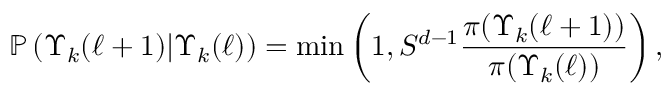
\mathbb { P } \left( \Upsilon _ { k } ( \ell + 1 ) | \Upsilon _ { k } ( \ell ) \right) = \operatorname* { m i n } \left( 1 , S ^ { d - 1 } \frac { \pi ( \Upsilon _ { k } ( \ell + 1 ) ) } { \pi ( \Upsilon _ { k } ( \ell ) ) } \right) ,